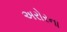
અરોરના